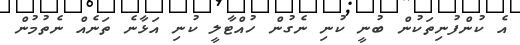
އެ ކުންފުނިތަކުން ބުނީ ކުނި ނެގުން ހުއްޓާލީ ކުނި އަޅާނެ ތަނެއް ނެތުމުން